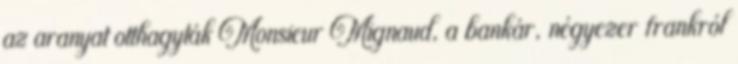
az aranyat otthagyták Monsieur Mignaud, a bankár, négyezer frankról